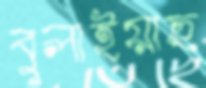
বুলাইয়াছ